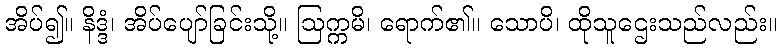
အိပ်၍။ နိဒ္ဒံ၊ အိပ်ပျော်ခြင်းသို့။ ဩက္ကမိ၊ ရောက်၏။ သောပိ၊ ထိုသူဌေးသည်လည်း။